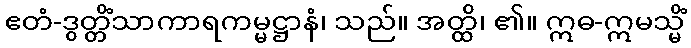
ဧတံ-ဒွတ္တိံသာကာရကမ္မဋ္ဌာနံ၊ သည်။ အတ္ထိ၊ ၏။ ဣဓ-ဣမသ္မိံ